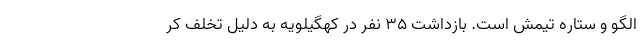
الگو و ستاره تیمش است. بازداشت ۳۵ نفر در کهگیلویه به دلیل تخلف کر